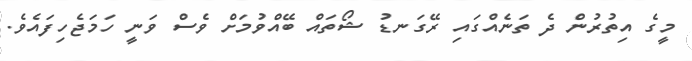
މީގެ އިތުރުން ދެ ތަނެއްގައި ރޭގަނޑު ޝޯތައް ބޭއްވުމަށް ވެސް ވަނީ ހަމަޖެހިފައެވެ.